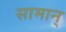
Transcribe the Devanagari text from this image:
सामान्